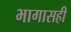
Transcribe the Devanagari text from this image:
भागासही